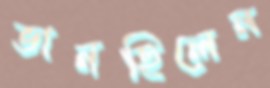
ভানছিলেন